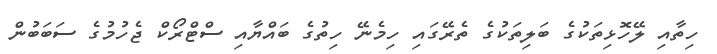
ހިތާއި ލޭހޮޅިތަކުގެ ބަލިތަކުގެ ތެރޭގައި ހިމެނޭ ހިތުގެ ބައްޔާއި ސްޓްރޯކް ޖެހުމުގެ ސަބަބުން